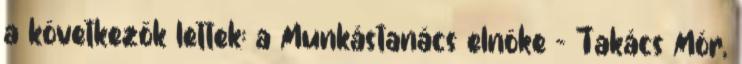
a következők lettek: a Munkástanács elnöke – Takács Mór,